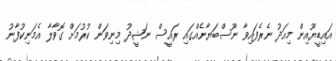
އައިޑީޔޫއިން މިއަދު ނެރެފައިވާ ނޫސްބަޔާނެއްގައި ރައީސް ނަޝީދު މިނިވަން ކުރުމަށް ގޮވާލާ އެމަނިކުފާނު